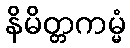
နိမိတ္တကမ္မံ